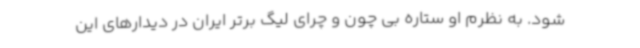
شود. به نظرم او ستاره بی چون و چرای لیگ برتر ایران در دیدارهای این